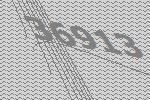
36913